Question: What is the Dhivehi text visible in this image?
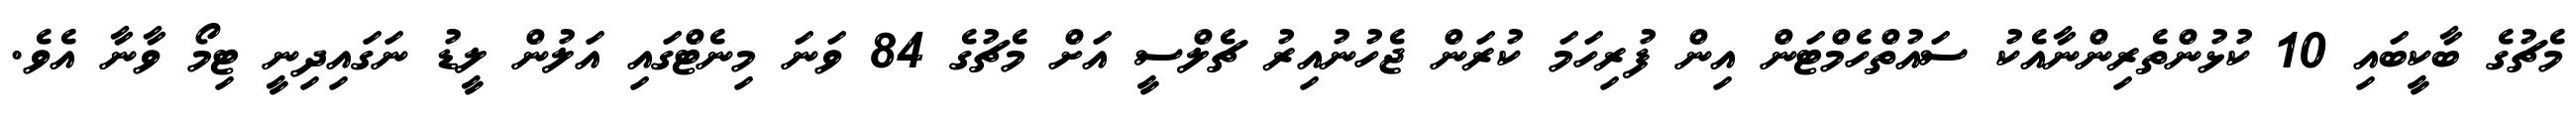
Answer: މެޗުގެ ބާކީބައި 10 ކުޅުންތެރިންނާއެކު ސައުތްހެމްޓަން އިން ފުރިހަމަ ކުރަން ޖެހުނުއިރު ޗެލްސީ އަށް މެޗުގެ 84 ވަނަ މިނެޓްގައި އަލުން ލީޑު ނަގައިދިނީ ޓިމޯ ވާނާ އެވެ.